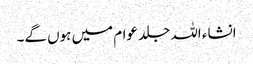
انشاء اللہ جلد عوام میں ہوں گے۔